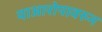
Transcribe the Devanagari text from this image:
याआरोपावरुन